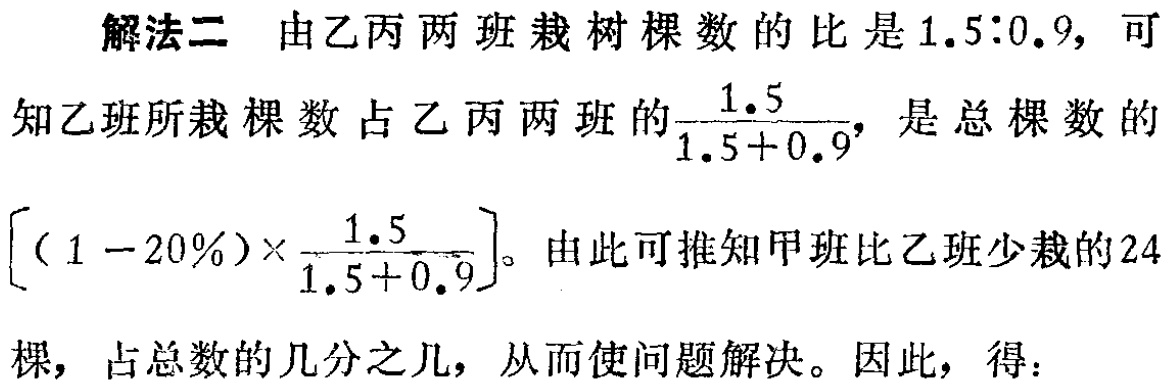
解法二 由乙丙两班栽树棵数的比是\(1.5:0.9\)，可知乙班所栽棵数占乙丙两班的\(\frac{1.5}{1.5 + 0.9}\)，是总棵数的\([(1 - 20\%)\times\frac{1.5}{1.5 + 0.9}]\)。由此可推知甲班比乙班少栽的\(24\)棵，占总数的几分之几，从而使问题解决。因此，得：